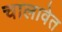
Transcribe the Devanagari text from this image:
चालावेत